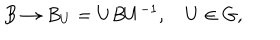
B \rightarrow B _ { U } = U B U ^ { - 1 } , \quad U \in G ,